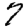
Digit: 7